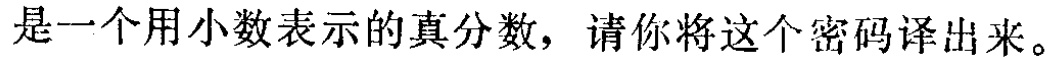
是一个用小数表示的真分数，请你将这个密码译出来。